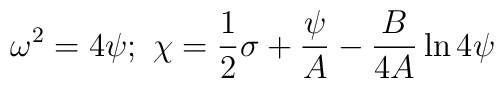
\omega^{2}=4\psi ; \ \chi ={1 \over 2} \sigma +{\psi\over A} -{B \over 4A} \ln 4\psi